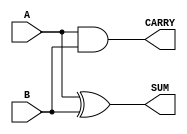
module Parameterized_Half_Adder #(
    parameter WIDTH = 1  // Parameter to define the bit-width of inputs (default to 1)
)(
    input  [WIDTH-1:0] A,  // First input bit (1-bit wide)
    input  [WIDTH-1:0] B,  // Second input bit (1-bit wide)
    output [WIDTH-1:0] SUM, // Sum output (1-bit wide)
    output [WIDTH-1:0] CARRY // Carry output (1-bit wide)
);

    // Internal logic for the half-adder
    assign SUM = A ^ B;     // SUM is the XOR of A and B
    assign CARRY = A & B;   // CARRY is the AND of A and B

endmodule